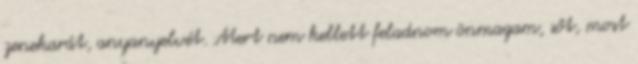
zenekarát, anyanyelvét. Mert nem kellett feladnom önmagam, sőt, most